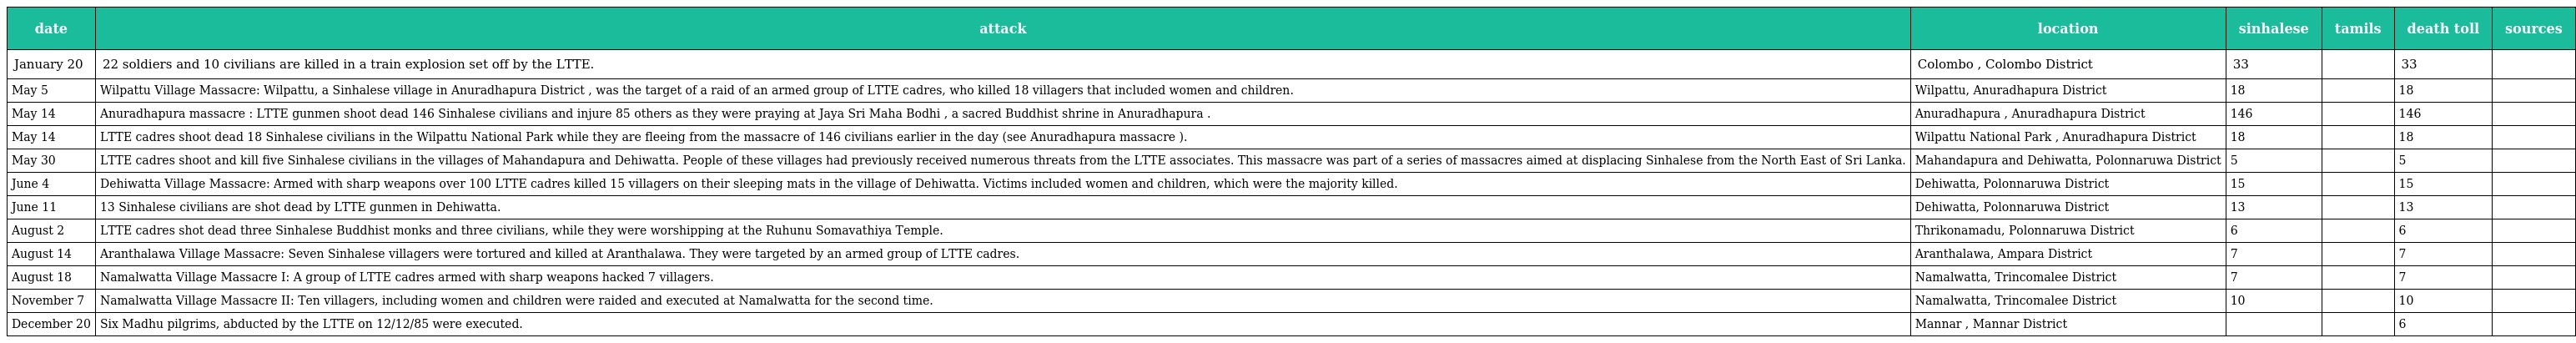
| date | attack | location | sinhalese | tamils | death toll | sources |
 | --- | --- | --- | --- | --- | --- | --- |
 | January 20 | 22 soldiers and 10 civilians are killed in a train explosion set off by the LTTE. | Colombo , Colombo District | 33 |  | 33 |  |
 | May 5 | Wilpattu Village Massacre: Wilpattu, a Sinhalese village in Anuradhapura District , was the target of a raid of an armed group of LTTE cadres, who killed 18 villagers that included women and children. | Wilpattu, Anuradhapura District | 18 |  | 18 |  |
 | May 14 | Anuradhapura massacre : LTTE gunmen shoot dead 146 Sinhalese civilians and injure 85 others as they were praying at Jaya Sri Maha Bodhi , a sacred Buddhist shrine in Anuradhapura . | Anuradhapura , Anuradhapura District | 146 |  | 146 |  |
 | May 14 | LTTE cadres shoot dead 18 Sinhalese civilians in the Wilpattu National Park while they are fleeing from the massacre of 146 civilians earlier in the day (see Anuradhapura massacre ). | Wilpattu National Park , Anuradhapura District | 18 |  | 18 |  |
 | May 30 | LTTE cadres shoot and kill five Sinhalese civilians in the villages of Mahandapura and Dehiwatta. People of these villages had previously received numerous threats from the LTTE associates. This massacre was part of a series of massacres aimed at displacing Sinhalese from the North East of Sri Lanka. | Mahandapura and Dehiwatta, Polonnaruwa District | 5 |  | 5 |  |
 | June 4 | Dehiwatta Village Massacre: Armed with sharp weapons over 100 LTTE cadres killed 15 villagers on their sleeping mats in the village of Dehiwatta. Victims included women and children, which were the majority killed. | Dehiwatta, Polonnaruwa District | 15 |  | 15 |  |
 | June 11 | 13 Sinhalese civilians are shot dead by LTTE gunmen in Dehiwatta. | Dehiwatta, Polonnaruwa District | 13 |  | 13 |  |
 | August 2 | LTTE cadres shot dead three Sinhalese Buddhist monks and three civilians, while they were worshipping at the Ruhunu Somavathiya Temple. | Thrikonamadu, Polonnaruwa District | 6 |  | 6 |  |
 | August 14 | Aranthalawa Village Massacre: Seven Sinhalese villagers were tortured and killed at Aranthalawa. They were targeted by an armed group of LTTE cadres. | Aranthalawa, Ampara District | 7 |  | 7 |  |
 | August 18 | Namalwatta Village Massacre I: A group of LTTE cadres armed with sharp weapons hacked 7 villagers. | Namalwatta, Trincomalee District | 7 |  | 7 |  |
 | November 7 | Namalwatta Village Massacre II: Ten villagers, including women and children were raided and executed at Namalwatta for the second time. | Namalwatta, Trincomalee District | 10 |  | 10 |  |
 | December 20 | Six Madhu pilgrims, abducted by the LTTE on 12/12/85 were executed. | Mannar , Mannar District |  |  | 6 |  |